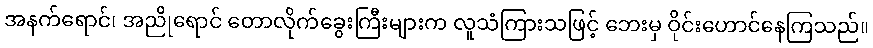
အနက်ရောင်၊ အညိုရောင် တောလိုက်ခွေးကြီးများက လူသံကြားသဖြင့် ဘေးမှ ဝိုင်းဟောင်နေကြသည်။